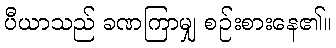
ပီယာသည် ခဏကြာမျှ စဉ်းစားနေ၏။